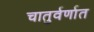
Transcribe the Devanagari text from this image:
चातुर्वर्णात